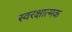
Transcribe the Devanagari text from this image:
स्वरक्षात्मक